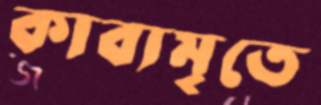
কাব্যমৃতে